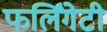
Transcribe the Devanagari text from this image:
फर्लिंगेटी